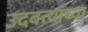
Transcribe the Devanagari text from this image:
उदबत्त्यांच्या